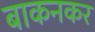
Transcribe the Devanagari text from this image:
बाकनकर